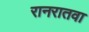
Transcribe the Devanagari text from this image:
रानरातवा